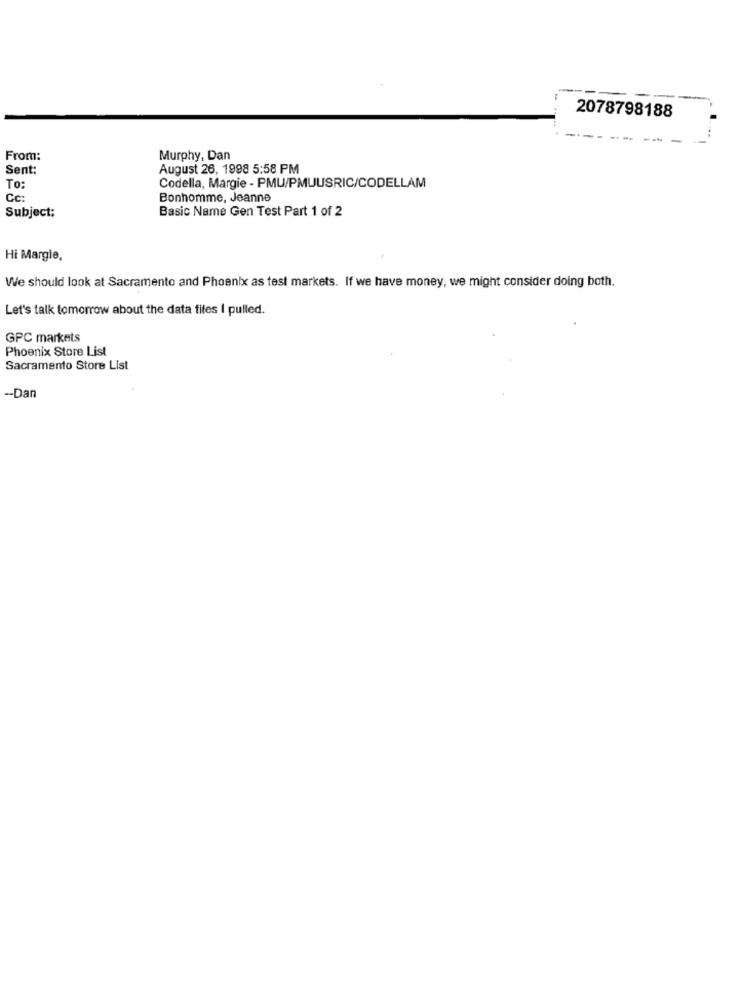
2078798188
From:
Murphy, Dan
Sent:
August 26, 1998 5:58 PM
TO:
Codella, Margie - PMU/PMUUSRIC/CODELLAM
Cc:
Bonhomme, Jeanne
Subject:
Basic Name Gen Test Part 1 of 2
Hi Margie,
We should look at Sacramento and Phoenix as test markets. If we have money, we might consider doing both.
Let's talk tomorrow about the data files I pulled.
GPC markets
Phoenix Store List
Sacramento Store List
-- Dan